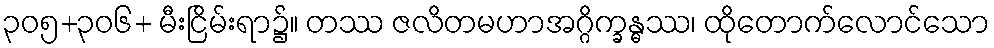
၃၀၅+၃၀၆+ မီးငြိမ်းရာ၌။ တဿ ဇလိတမဟာအဂ္ဂိက္ခန္ဓဿ၊ ထိုတောက်လောင်သော